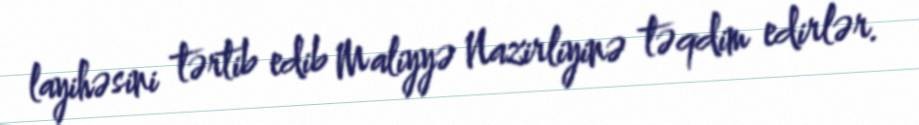
layihəsini tərtib edib Maliyyə Nazirliyinə təqdim edirlər.